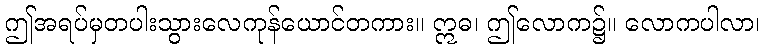
ဤအရပ်မှတပါးသွားလေကုန်ယောင်တကား။ ဣဓ၊ ဤလောက၌။ လောကပါလာ၊